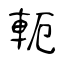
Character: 軛